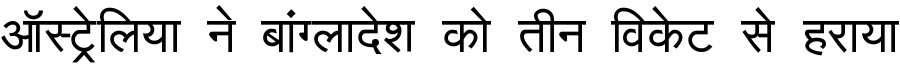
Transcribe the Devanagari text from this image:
ऑस्ट्रेलिया ने बांग्लादेश को तीन विकेट से हराया